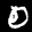
Label: 0